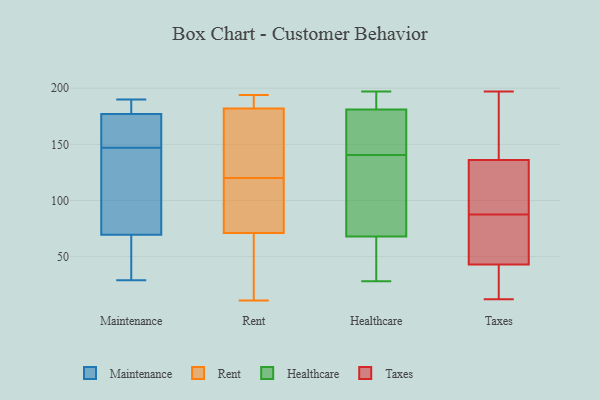
{"axis": {"x": "Demand Index", "y": "Value"}, "legend": ["Healthcare", "Maintenance", "Rent", "Taxes"], "data": [{"x": "", "y": 177, "type": "Maintenance"}, {"x": "", "y": 101, "type": "Maintenance"}, {"x": "", "y": 76, "type": "Maintenance"}, {"x": "", "y": 33, "type": "Maintenance"}, {"x": "", "y": 119, "type": "Maintenance"}, {"x": "", "y": 152, "type": "Maintenance"}, {"x": "", "y": 147, "type": "Maintenance"}, {"x": "", "y": 177, "type": "Maintenance"}, {"x": "", "y": 190, "type": "Maintenance"}, {"x": "", "y": 50, "type": "Maintenance"}, {"x": "", "y": 29, "type": "Maintenance"}, {"x": "", "y": 182, "type": "Maintenance"}, {"x": "", "y": 153, "type": "Maintenance"}, {"x": "", "y": 16, "type": "Rent"}, {"x": "", "y": 194, "type": "Rent"}, {"x": "", "y": 184, "type": "Rent"}, {"x": "", "y": 182, "type": "Rent"}, {"x": "", "y": 90, "type": "Rent"}, {"x": "", "y": 41, "type": "Rent"}, {"x": "", "y": 119, "type": "Rent"}, {"x": "", "y": 187, "type": "Rent"}, {"x": "", "y": 71, "type": "Rent"}, {"x": "", "y": 174, "type": "Rent"}, {"x": "", "y": 11, "type": "Rent"}, {"x": "", "y": 158, "type": "Rent"}, {"x": "", "y": 121, "type": "Rent"}, {"x": "", "y": 87, "type": "Rent"}, {"x": "", "y": 153, "type": "Healthcare"}, {"x": "", "y": 116, "type": "Healthcare"}, {"x": "", "y": 118, "type": "Healthcare"}, {"x": "", "y": 181, "type": "Healthcare"}, {"x": "", "y": 30, "type": "Healthcare"}, {"x": "", "y": 184, "type": "Healthcare"}, {"x": "", "y": 140, "type": "Healthcare"}, {"x": "", "y": 181, "type": "Healthcare"}, {"x": "", "y": 66, "type": "Healthcare"}, {"x": "", "y": 161, "type": "Healthcare"}, {"x": "", "y": 70, "type": "Healthcare"}, {"x": "", "y": 195, "type": "Healthcare"}, {"x": "", "y": 141, "type": "Healthcare"}, {"x": "", "y": 197, "type": "Healthcare"}, {"x": "", "y": 28, "type": "Healthcare"}, {"x": "", "y": 193, "type": "Healthcare"}, {"x": "", "y": 172, "type": "Healthcare"}, {"x": "", "y": 86, "type": "Healthcare"}, {"x": "", "y": 46, "type": "Healthcare"}, {"x": "", "y": 66, "type": "Healthcare"}, {"x": "", "y": 94, "type": "Taxes"}, {"x": "", "y": 44, "type": "Taxes"}, {"x": "", "y": 95, "type": "Taxes"}, {"x": "", "y": 46, "type": "Taxes"}, {"x": "", "y": 172, "type": "Taxes"}, {"x": "", "y": 89, "type": "Taxes"}, {"x": "", "y": 32, "type": "Taxes"}, {"x": "", "y": 145, "type": "Taxes"}, {"x": "", "y": 82, "type": "Taxes"}, {"x": "", "y": 20, "type": "Taxes"}, {"x": "", "y": 197, "type": "Taxes"}, {"x": "", "y": 92, "type": "Taxes"}, {"x": "", "y": 86, "type": "Taxes"}, {"x": "", "y": 144, "type": "Taxes"}, {"x": "", "y": 12, "type": "Taxes"}, {"x": "", "y": 164, "type": "Taxes"}, {"x": "", "y": 37, "type": "Taxes"}, {"x": "", "y": 42, "type": "Taxes"}, {"x": "", "y": 50, "type": "Taxes"}, {"x": "", "y": 128, "type": "Taxes"}]}